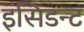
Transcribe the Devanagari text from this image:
इंसिडन्ट